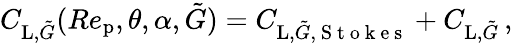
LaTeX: \begin{array}{r}{C_{\textup{L},\tilde{G}}(Re_{\textup{p}},\theta,\alpha,\tilde{G})=C_{\textup{L},\tilde{G},\mathrm{~S~t~o~k~e~s~}}+C_{\textup{L},\tilde{G}}\, ,}\end{array}